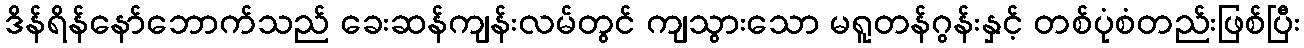
ဒိန်ရိန်နော်ဘောက်သည် ခေးဆန်ကျန်းလမ်တွင် ကျသွားသော မရူတန်ဂွန်းနှင့် တစ်ပုံစံတည်းဖြစ်ပြီး